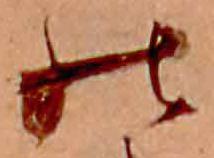
の